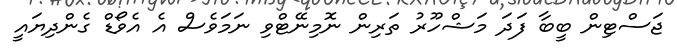
ޖަސްޓިން ބީބާ ފަދަ މަޝްހޫރު ތަރިން ނޮމިނޭޓްވި ނަމަވެސް އެ އެވޯޑް ގެންދިޔައީ